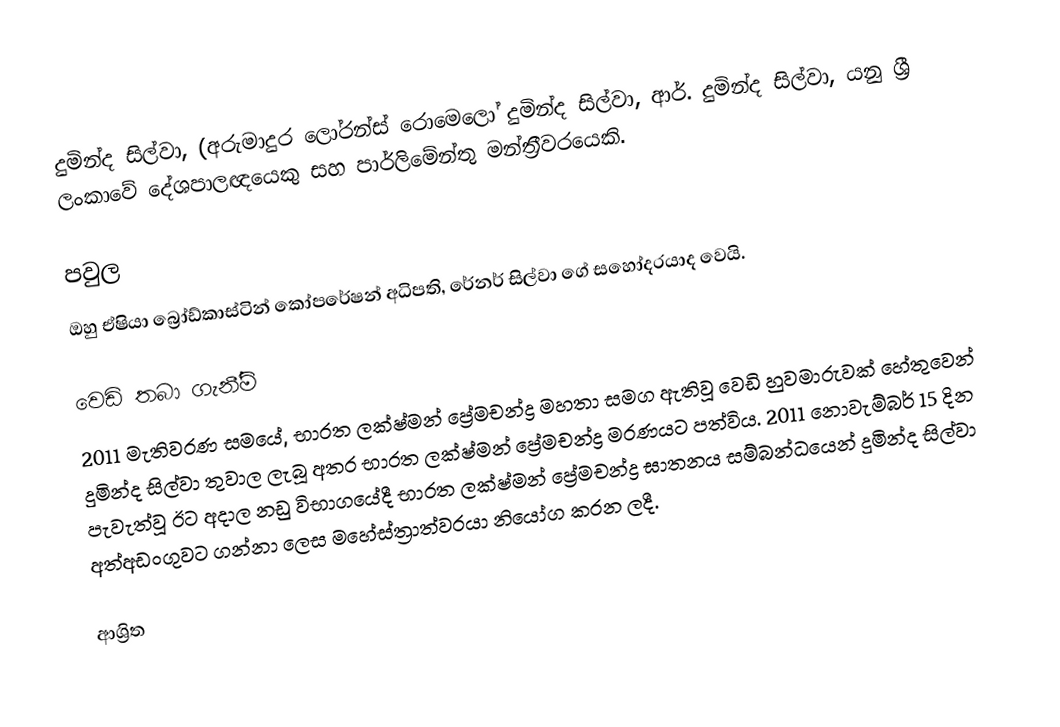
දුමින්ද සිල්වා, (අරුමාදුර ලෝරන්ස් රොමෙලෝ දුමින්ද සිල්වා, ආර්. දුමින්ද සිල්වා, යනු ශ්‍රී ලංකාවේ දේශපාලඥයෙකු සහ පාර්ලිමේන්තු මන්ත්‍රීවරයෙකි.

පවුල
ඔහු ඒෂියා බ්‍රෝඩ්කාස්ටින් කෝපරේෂන් අධිපති, රේනර් සිල්වා ගේ සහෝදරයාද වෙයි.

වෙඩි තබා ගැනී්ම්
2011 මැතිවරණ සමයේ, භාරත ලක්ෂ්මන් ප්‍රේමචන්ද්‍ර මහතා සමග ඇතිවූ වෙඩි හුවමාරුවක් හේතුවෙන් දුමින්ද සිල්වා තුවාල ලැබූ අතර භාරත ලක්ෂ්මන් ප්‍රේමචන්ද්‍ර මරණයට පත්විය. 2011 නොවැම්බර් 15 දින පැවැත්වූ ඊට අදාල නඩු විභාගයේදී භාරත ලක්ෂ්මන් ප්‍රේමචන්ද්‍ර ඝාතනය සම්බන්ධයෙන් දුමින්ද සිල්වා අත්අඩංගුවට ගන්නා ලෙස මහේස්ත්‍රාත්වරයා නියෝග කරන ලදී.

ආශ්‍රිත